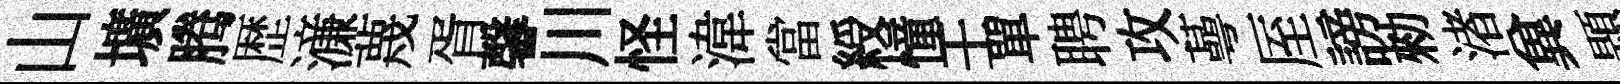
山壙腾歴濓蔑胥馨川怪湋當綬憧壬單聘攻蕚厔謗勑渚兾題